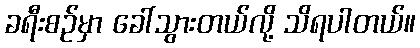
ခရီးစဉ်မှာ ခေါ်သွားတယ်လို့ သိရပါတယ်။